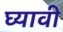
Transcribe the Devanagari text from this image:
घ्‍यावी